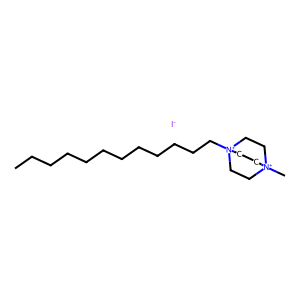
SMILES: CCCCCCCCCCCC[N+]12CC[N+](C)(CC1)CC2.[I-]
Inhibits HIV replication: No